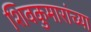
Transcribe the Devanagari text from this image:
शिवकुमारांच्या